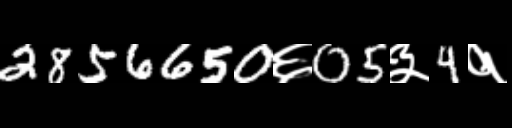
Text: 2856650६05३4१